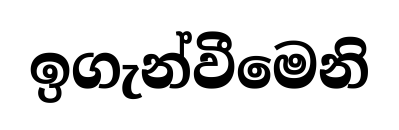
ඉගැන්වීමෙනි